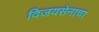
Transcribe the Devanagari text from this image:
विजयसेनाचा